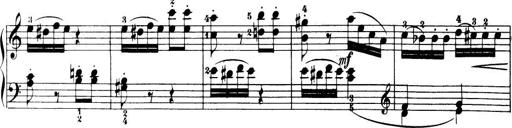
Title: 32 Sonatinas and Rondos for the Piano
Composer: Richard Kleinmichel